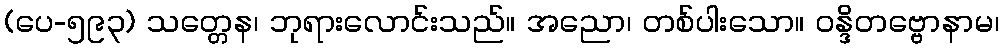
(ပေ-၅၉၃) သတ္တေန၊ ဘုရားလောင်းသည်။ အညော၊ တစ်ပါးသော။ ဝန္ဒိတဗ္ဗောနာမ၊